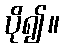
ပို၍။